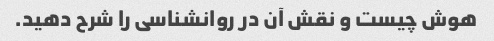
هوش چیست و نقش آن در روانشناسی را شرح دهید.